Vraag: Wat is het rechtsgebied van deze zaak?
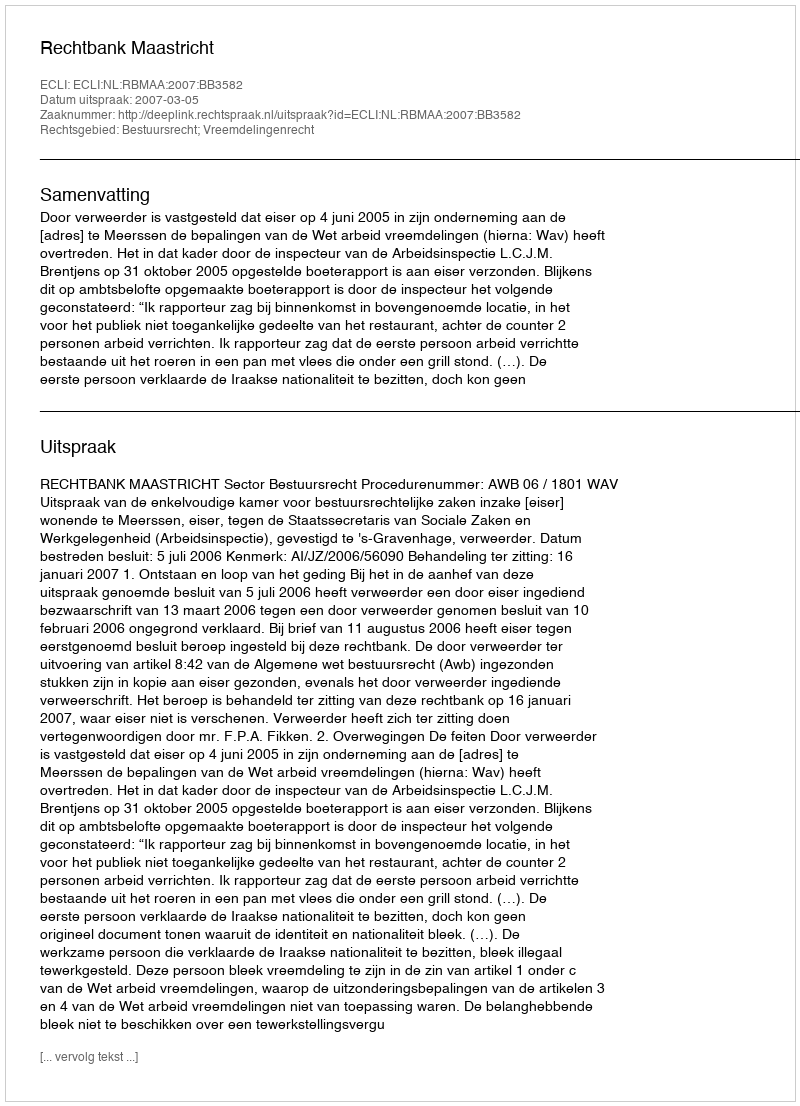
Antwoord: Bestuursrecht; Vreemdelingenrecht